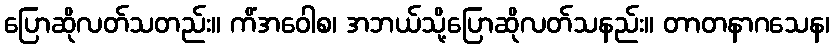
ပြောဆိုလတ်သတည်း။ ကိံအဝေါစ၊ အဘယ်သို့ပြောဆိုလတ်သနည်း။ တာတနာဂသေန၊